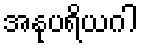
အနုပရိယဂါ